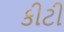
કીટી